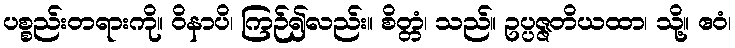
ပစ္စည်းတရားကို။ ဝိနာပိ၊ ကြဉ်၍လည်း။ စိတ္တံ၊ သည်။ ဥပ္ပဇ္ဇတိယထာ၊ သို့။ ဧဝံ၊